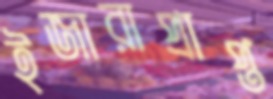
ইজারাপ্রাপ্ত